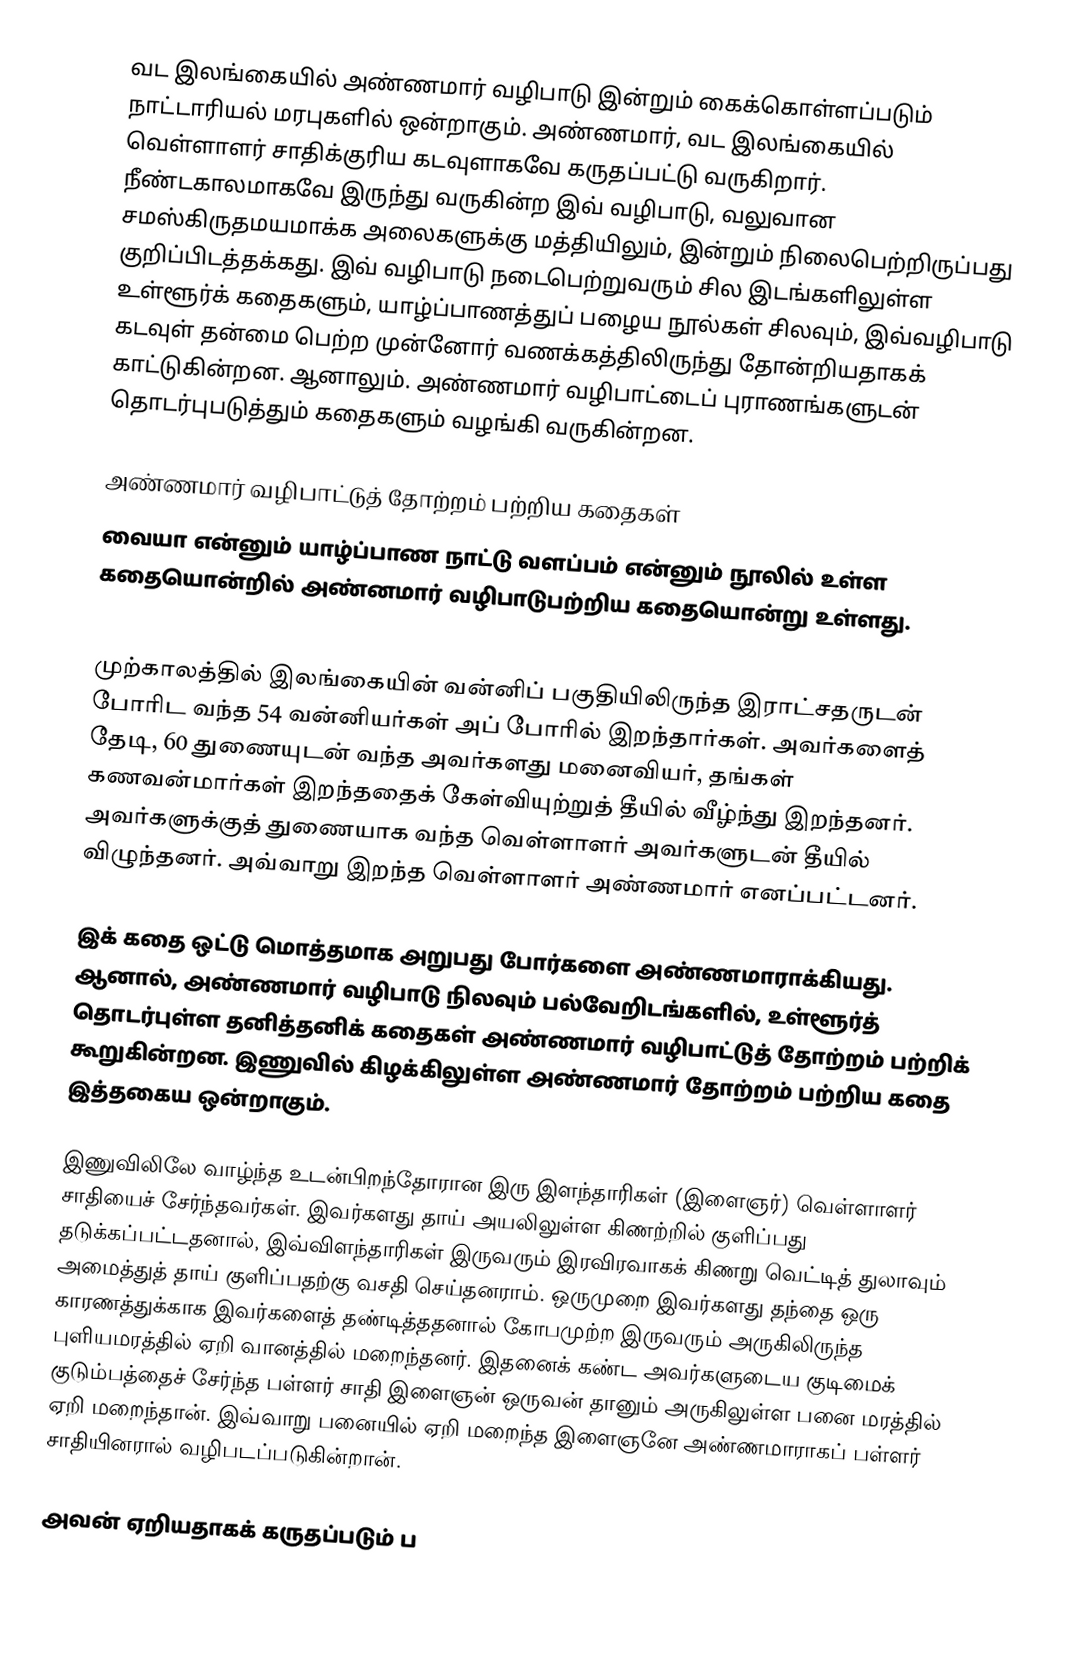
வட இலங்கையில் அண்ணமார் வழிபாடு இன்றும் கைக்கொள்ளப்படும் நாட்டாரியல் மரபுகளில் ஒன்றாகும். அண்ணமார், வட இலங்கையில்   வெள்ளாளர்  சாதிக்குரிய கடவுளாகவே கருதப்பட்டு வருகிறார். நீண்டகாலமாகவே இருந்து வருகின்ற இவ் வழிபாடு, வலுவான சமஸ்கிருதமயமாக்க அலைகளுக்கு மத்தியிலும், இன்றும் நிலைபெற்றிருப்பது குறிப்பிடத்தக்கது. இவ் வழிபாடு நடைபெற்றுவரும் சில இடங்களிலுள்ள உள்ளூர்க் கதைகளும், யாழ்ப்பாணத்துப் பழைய நூல்கள் சிலவும், இவ்வழிபாடு கடவுள் தன்மை பெற்ற முன்னோர் வணக்கத்திலிருந்து தோன்றியதாகக் காட்டுகின்றன. ஆனாலும். அண்ணமார் வழிபாட்டைப் புராணங்களுடன் தொடர்புபடுத்தும் கதைகளும் வழங்கி வருகின்றன.

அண்ணமார் வழிபாட்டுத் தோற்றம் பற்றிய கதைகள்
வையா என்னும் யாழ்ப்பாண நாட்டு வளப்பம் என்னும் நூலில் உள்ள கதையொன்றில் அண்னமார் வழிபாடுபற்றிய கதையொன்று உள்ளது.

 முற்காலத்தில் இலங்கையின் வன்னிப் பகுதியிலிருந்த இராட்சதருடன் போரிட வந்த 54 வன்னியர்கள் அப் போரில் இறந்தார்கள். அவர்களைத் தேடி, 60 துணையுடன் வந்த அவர்களது மனைவியர், தங்கள் கணவன்மார்கள் இறந்ததைக் கேள்வியுற்றுத் தீயில் வீழ்ந்து இறந்தனர். அவர்களுக்குத் துணையாக வந்த     வெள்ளாளர்  அவர்களுடன் தீயில் விழுந்தனர். அவ்வாறு இறந்த      வெள்ளாளர்   அண்ணமார் எனப்பட்டனர்.

இக் கதை ஒட்டு மொத்தமாக அறுபது போர்களை அண்ணமாராக்கியது. ஆனால், அண்ணமார் வழிபாடு நிலவும் பல்வேறிடங்களில், உள்ளூர்த் தொடர்புள்ள தனித்தனிக் கதைகள் அண்ணமார் வழிபாட்டுத் தோற்றம் பற்றிக் கூறுகின்றன. இணுவில் கிழக்கிலுள்ள அண்ணமார் தோற்றம் பற்றிய கதை இத்தகைய ஒன்றாகும்.

 இணுவிலிலே வாழ்ந்த உடன்பிறந்தோரான இரு இளந்தாரிகள் (இளைஞர்) வெள்ளாளர் சாதியைச் சேர்ந்தவர்கள். இவர்களது தாய் அயலிலுள்ள கிணற்றில் குளிப்பது தடுக்கப்பட்டதனால், இவ்விளந்தாரிகள் இருவரும் இரவிரவாகக் கிணறு வெட்டித் துலாவும் அமைத்துத் தாய் குளிப்பதற்கு வசதி செய்தனராம். ஒருமுறை இவர்களது தந்தை ஒரு காரணத்துக்காக இவர்களைத் தண்டித்ததனால் கோபமுற்ற இருவரும் அருகிலிருந்த புளியமரத்தில் ஏறி வானத்தில் மறைந்தனர். இதனைக் கண்ட அவர்களுடைய குடிமைக் குடும்பத்தைச் சேர்ந்த பள்ளர் சாதி இளைஞன் ஒருவன் தானும் அருகிலுள்ள பனை மரத்தில் ஏறி மறைந்தான். இவ்வாறு பனையில் ஏறி மறைந்த இளைஞனே அண்ணமாராகப் பள்ளர் சாதியினரால் வழிபடப்படுகின்றான்.

அவன் ஏறியதாகக் கருதப்படும் ப